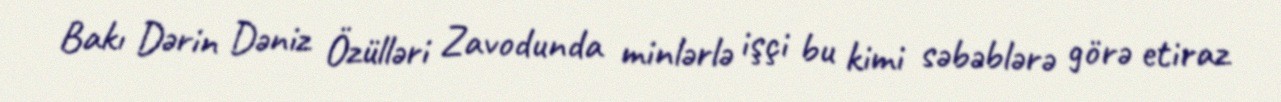
Bakı Dərin Dəniz Özülləri Zavodunda minlərlə işçi bu kimi səbəblərə görə etiraz